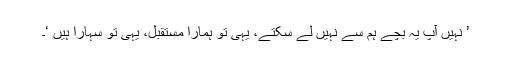
’ نہیں آپ یہ بچے ہم سے نہیں لے سکتے، یہی تو ہمارا مستقبل، یہی تو سہارا ہیں ‘۔